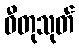
ဓီတုသုတ်